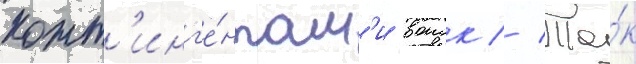
конт'инг'е́нтам'и воиск // Та́к